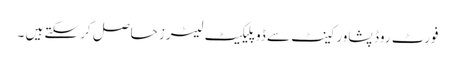
فورٹ روڈ پشاور کینٹ سے ڈوپلیکیٹ لیٹرز حاصل کر سکتے ہیں ۔